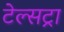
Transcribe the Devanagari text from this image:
टेल्‍सट्रा